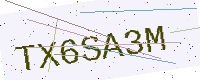
Text: TX6SA3M